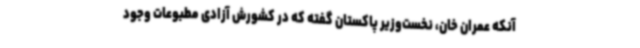
آنکه عمران خان، نخست‌وزیر پاکستان گفته که در کشورش آزادی مطبوعات وجود